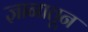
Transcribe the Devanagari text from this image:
ज्ञानातून